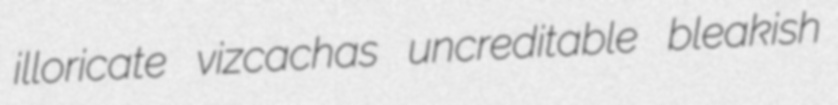
illoricate vizcachas uncreditable bleakish